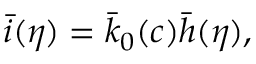
\bar { i } ( \eta ) = \bar { k } _ { 0 } ( c ) \bar { h } ( \eta ) ,